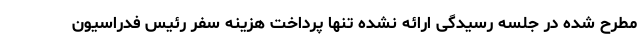
مطرح شده در جلسه رسیدگی ارائه نشده تنها پرداخت هزینه سفر رئیس فدراسیون